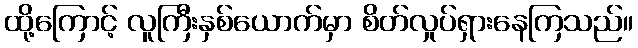
ထို့ကြောင့် လူကြီးနှစ်ယောက်မှာ စိတ်လှုပ်ရှားနေကြသည်။